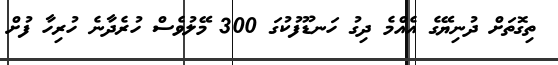
ތިގޮތަށް ދުނިޔޭގެ އެއްމެ ދިގު ހަނޑޫފުކުގަ 300 މޭލުވެސް ހުރެދާނެ ހުރިހާ ފުށް